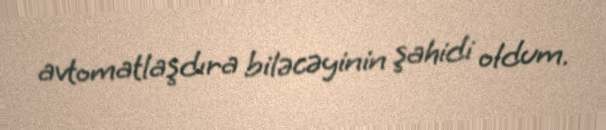
avtomatlaşdıra biləcəyinin şahidi oldum.